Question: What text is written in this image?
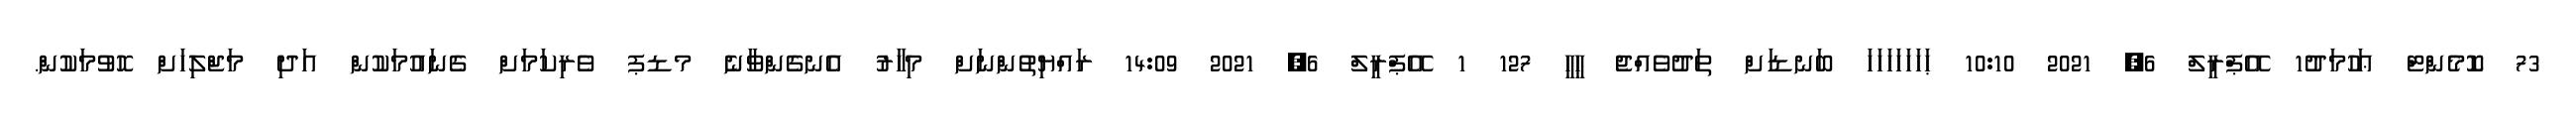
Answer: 73 ކޮމެންޓް ޢަހުމަދު1 އޭޕްރީލް 6, 2021 10:10 ޙަހަހަހަހަހަހަ ބަނޑަށް ތަދުވެއްޖެ ހީހީ 127 1 އޭޕްރީލް 6, 2021 14:09 ރައްޔިތުންނަށް މިހާރު އެނގެންވާނެ މޑޕ ވެރިކަމަށް ގެނައުމަކުން އަދި މަޖްލިހަށް ހޮވުމަކުން.